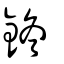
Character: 鉖